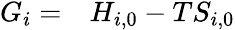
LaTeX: \begin{array}{rl}{G_{i}=}&{{}H_{i,0}-TS_{i,0}}\end{array}